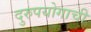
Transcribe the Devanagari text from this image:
दुरुपयोगाची